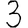
Digit: 3